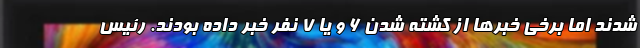
شدند اما برخی خبرها از کشته شدن 6 و یا 7 نفر خبر داده بودند. رئیس